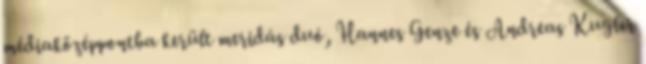
médiaközéppontba került meridás duó, Hannes Genze és Andreas Kugler